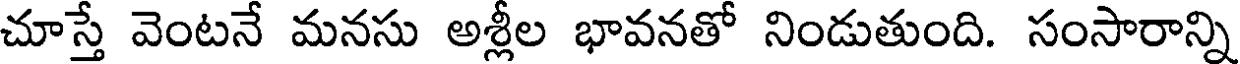
చూస్తే వెంటనే మనసు అశ్లీల భావనతో నిండుతుంది. సంసారాన్ని